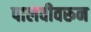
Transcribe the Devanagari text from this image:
पालवीवरून